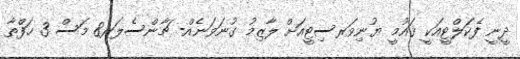
ދީނީ ފެކަލްޓީއަކީ ޤައުމީ ޔުނިވަރސިޓީއަށް ލާޒިމު ގުނަވަނެއް- ޗާންސެލަރ8 މަސް 3 ހަފްތާ